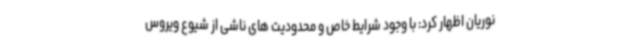
نوریان اظهار کرد: با وجود شرایط خاص و محدودیت های ناشی از شیوع ویروس